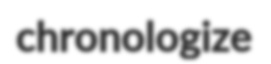
chronologize